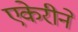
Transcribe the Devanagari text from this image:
एकेरीने